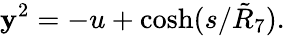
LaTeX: \mathbf{y}^{2}=-u+\cosh(s/\tilde{{R}}_{7}).